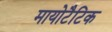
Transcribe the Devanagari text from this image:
मायोटैटिक